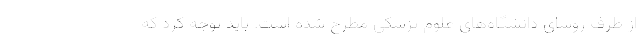
از طرف روسای دانشگاه‌های علوم پزشکی مطرح شده است. باید توجه کرد که